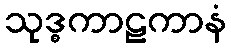
သုဒ္ဓကာဠကာနံ